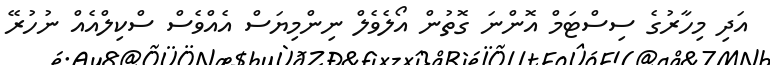
އަދި މިހާރުގެ ސިސްޓަމް އޮންނަ ގޮތުން އޯލެވެލް ނިންމިޔަސް އެއްވެސް ސްކިލްއެއް ނުހުރޭ